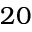
2 0